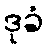
ဒုခံ